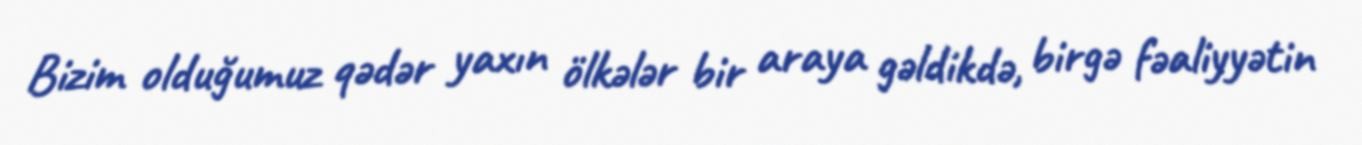
Bizim olduğumuz qədər yaxın ölkələr bir araya gəldikdə, birgə fəaliyyətin